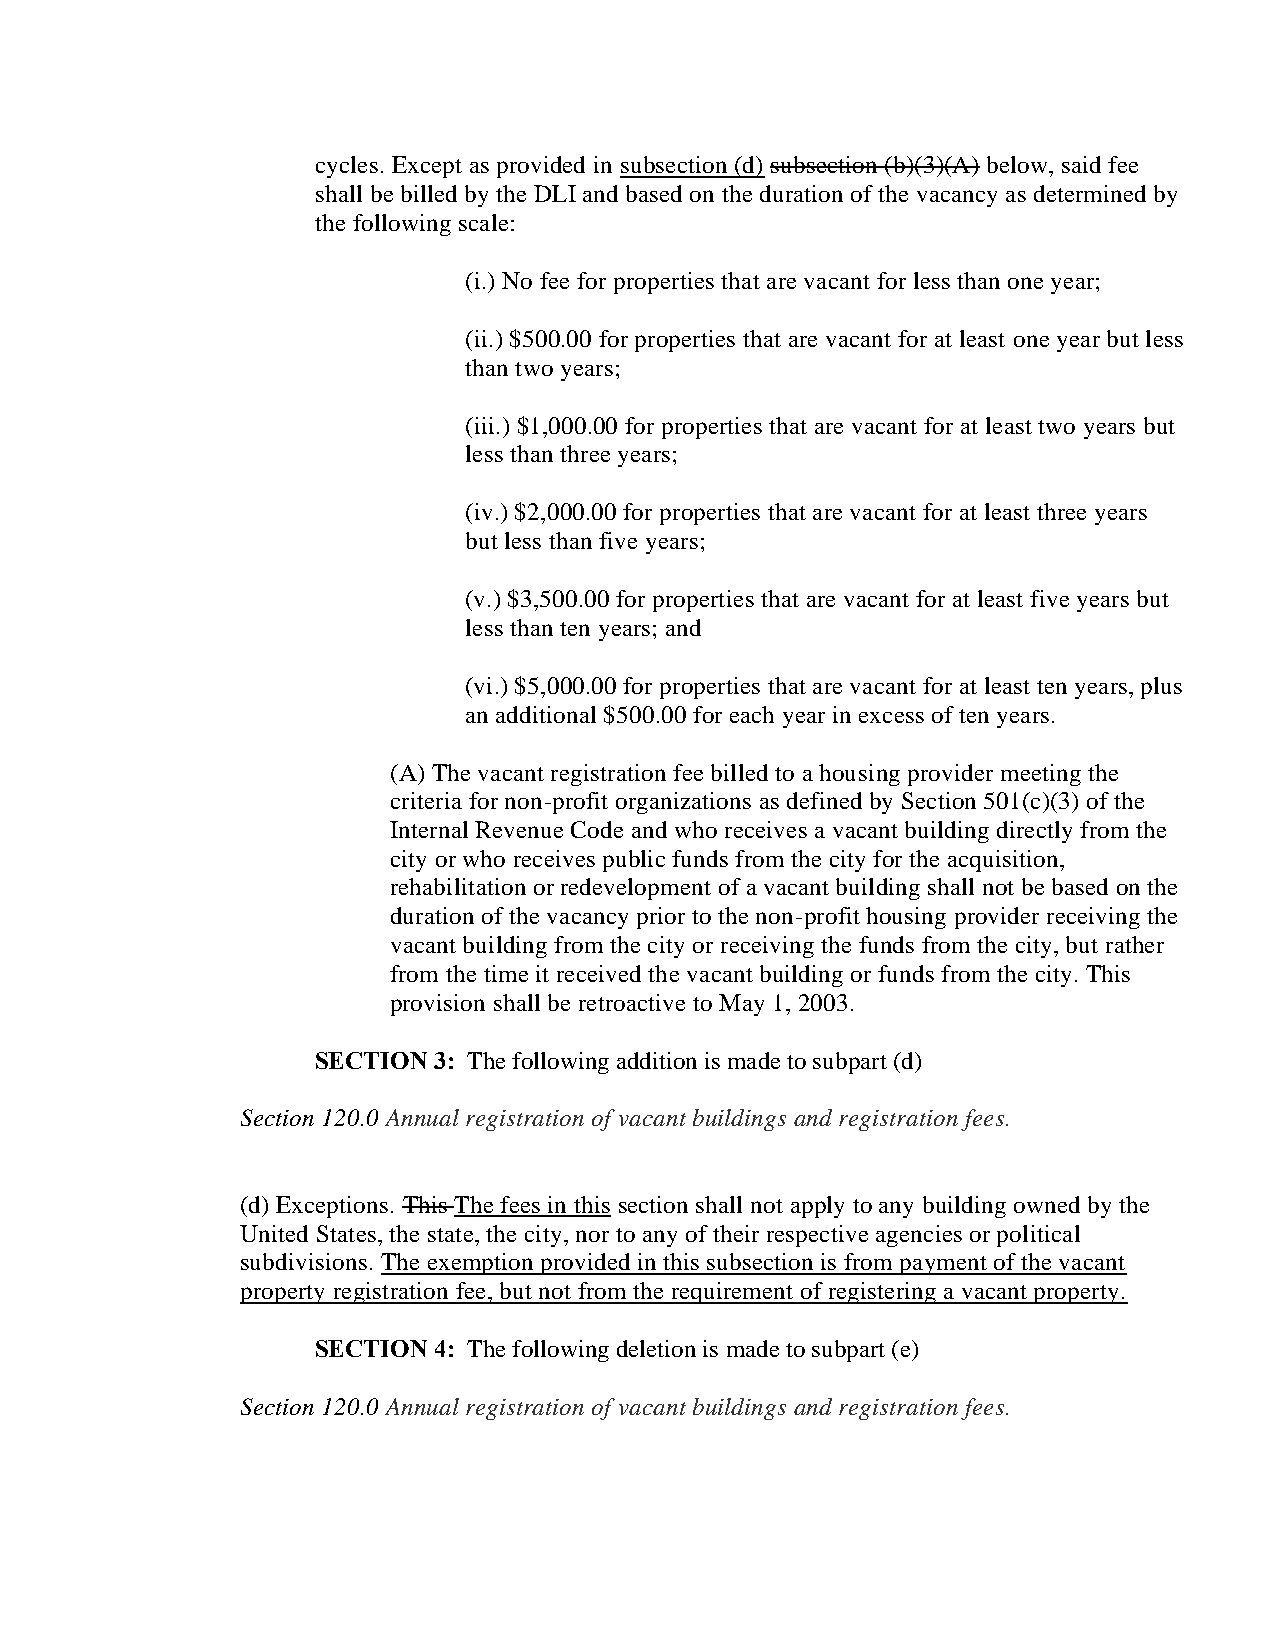
cycles. Except as provided in subsection (d) subsection (b)(3)(A) below, said fee
 shall be billed by the DLI and based on the duration of the vacancy as determined by
 the following scale:
 (i.) No fee for properties that are vacant for less than one year;
 (ii.) $500.00 for properties that are vacant for at least one year but less
 than two years;
 (iii.) $1,000.00 for properties that are vacant for at least two years but
 less than three years;
 (iv.) $2,000.00 for properties that are vacant for at least three years
 but less than five years;
 (v.) $3,500.00 for properties that are vacant for at least five years but
 less than ten years; and
 (vi.) $5,000.00 for properties that are vacant for at least ten years, plus
 an additional $500.00 for each year in excess of ten years.
 (A) The vacant registration fee billed to a housing provider meeting the
 criteria for non-profit organizations as defined by Section 501(c)(3) of the
 Internal Revenue Code and who receives a vacant building directly from the
 city or who receives public funds from the city for the acquisition,
 rehabilitation or redevelopment of a vacant building shall not be based on the
 duration of the vacancy prior to the non-profit housing provider receiving the
 vacant building from the city or receiving the funds from the city, but rather
 from the time it received the vacant building or funds from the city. This
 provision shall be retroactive to May 1, 2003.
 SECTION 3: The following addition is made to subpart (d)
 Section 120.0 Annual registration of vacant buildings and registration fees.
 (d) Exceptions. This The fees in this section shall not apply to any building owned by the
 United States, the state, the city, nor to any of their respective agencies or political
 subdivisions. The exemption provided in this subsection is from payment of the vacant
 property registration fee, but not from the requirement of registering a vacant property.
 SECTION 4: The following deletion is made to subpart (e)
 Section 120.0 Annual registration of vacant buildings and registration fees.